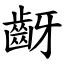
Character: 齖